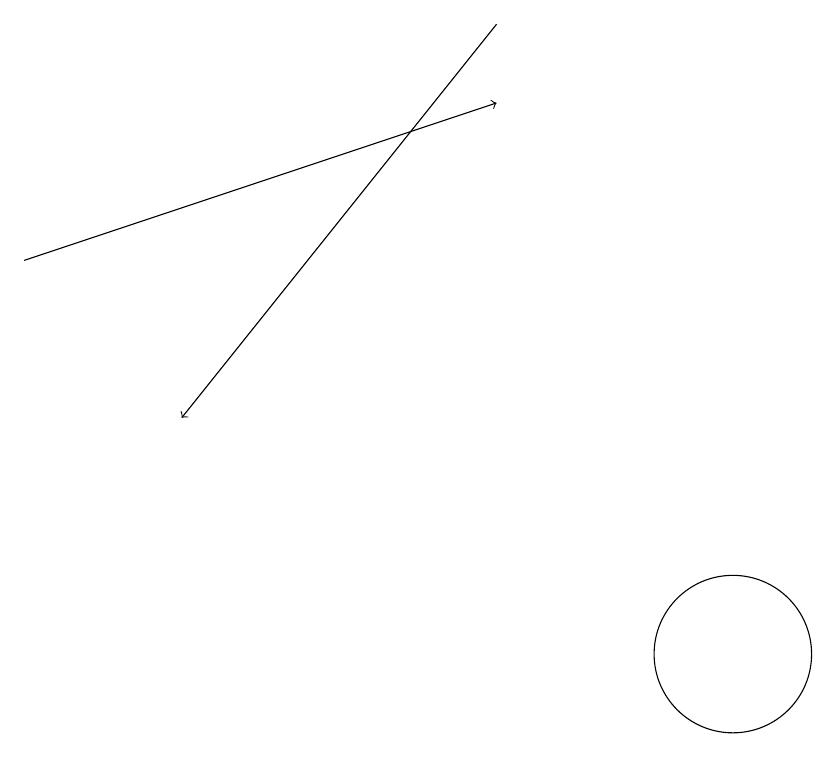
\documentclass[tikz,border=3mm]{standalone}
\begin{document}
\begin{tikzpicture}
\draw[->] (7,18) -- (3,13);
\draw[->] (1,15) -- (7,17);
\draw (10,10) circle (1);
\draw (11,10) circle (0);
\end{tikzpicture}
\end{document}